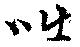
咄